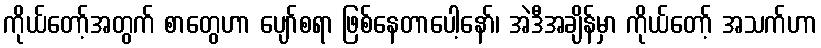
ကိုယ်တော့်အတွက် စာတွေဟာ ပျော်စရာ ဖြစ်နေတာပေါ့နော်၊ အဲဒီအချိန်မှာ ကိုယ်တော့် အသက်ဟာ